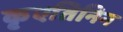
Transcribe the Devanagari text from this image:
कृएतिनिन